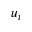
u _ { t }